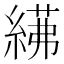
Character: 𦂓